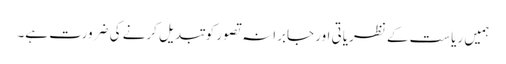
ہمیں ریاست کے نظریاتی اور جابرانہ تصور کوتبدیل کرنے کی ضرورت ہے۔